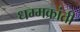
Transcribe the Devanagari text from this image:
धम्मक्रांती